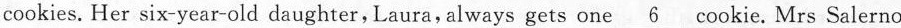
cookies. Her six-year-old daughter,Laura,always gets one \underline{6} cookie.Mrs Salerno